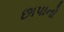
છાપાનો